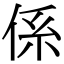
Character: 係